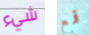
شيء قمع